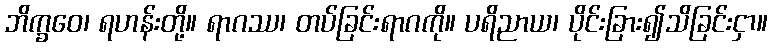
ဘိက္ခဝေ၊ ရဟန်းတို့။ ရာဂဿ၊ တပ်ခြင်းရာဂကို။ ပရိညာယ၊ ပိုင်းခြား၍သိခြင်းငှာ။